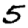
Digit: 5